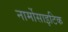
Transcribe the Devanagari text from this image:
नार्मोसाइटिक